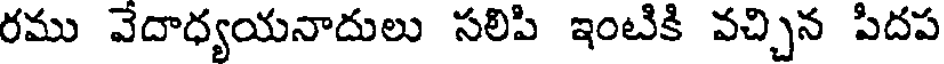
రము వేదాధ్యయనాదులు సలిపి ఇంటికి వచ్చిన పిదప